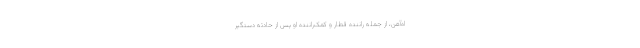
اه‌آهن، از جمله رانندهٔ قطار و کمک‌رانندهٔ او پس از حادثه دستگیر